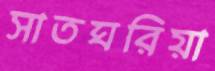
সাতঘরিয়া